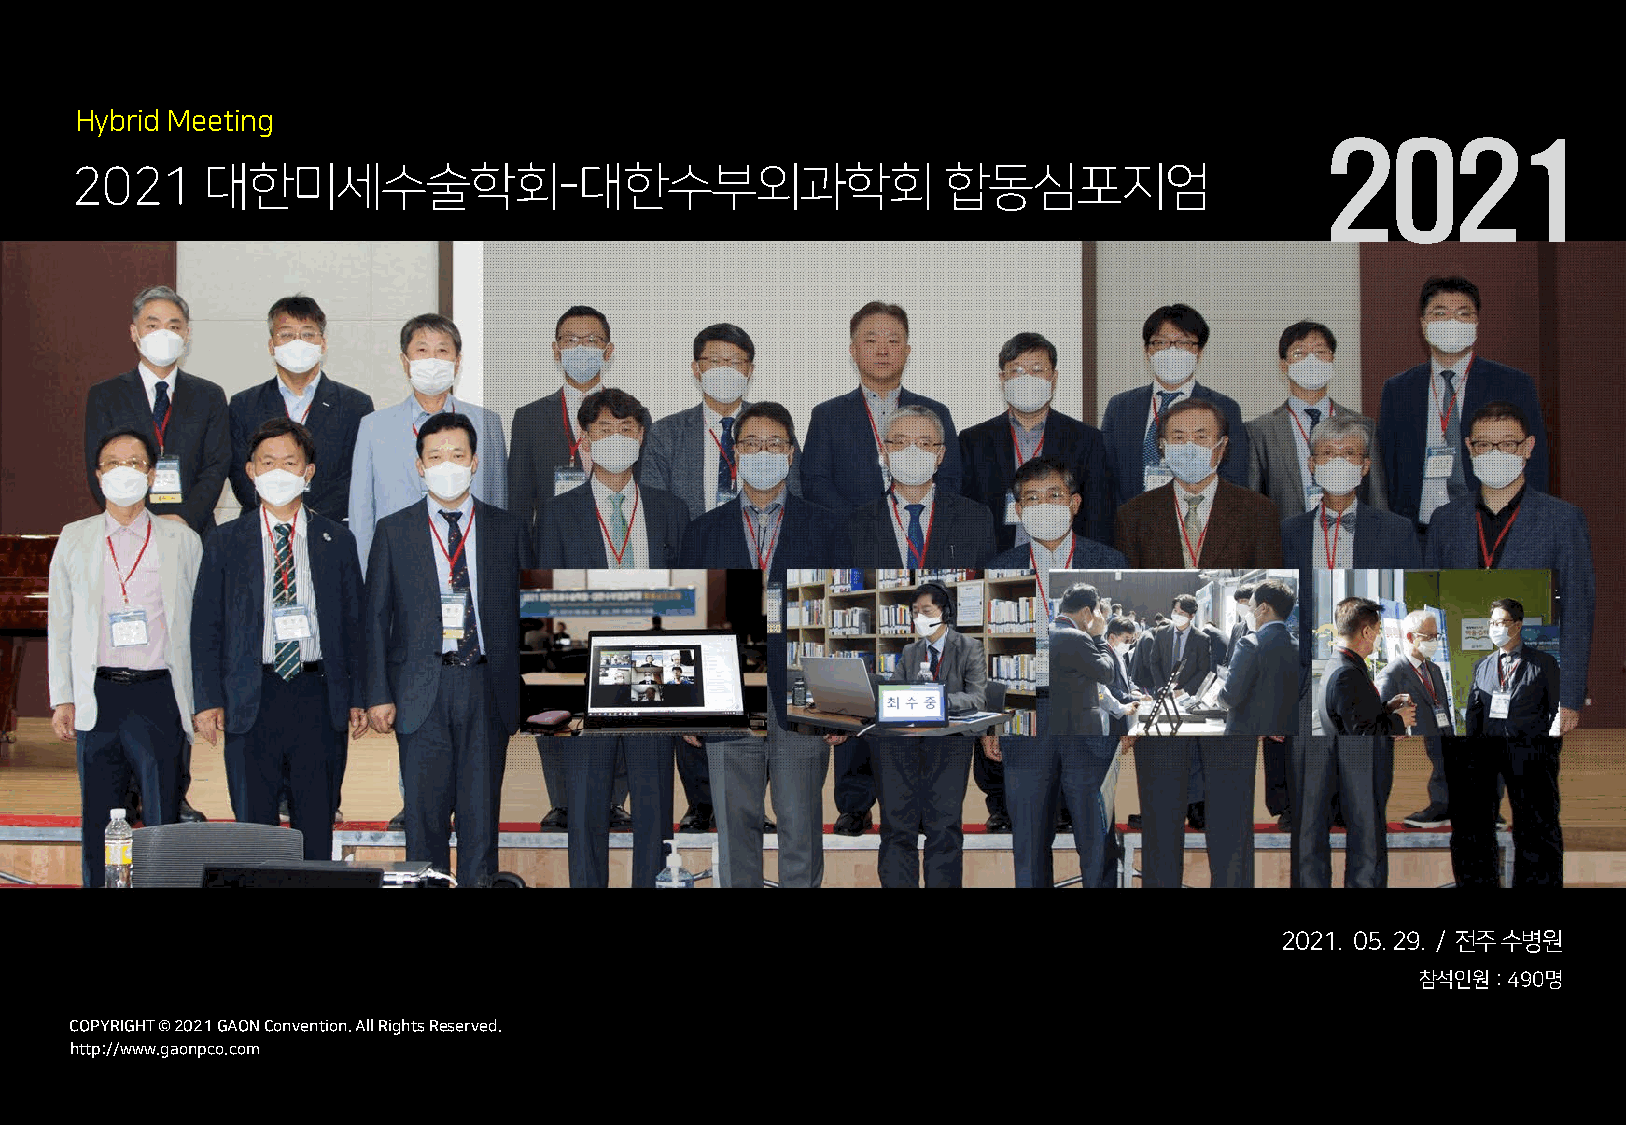
Hybrid Meeting
 2021
 2021     대한미세수술학회-대한수부외과학회                               합동심포지엄
 2021. 05. 29. / 전주수병원
 참석인원: 490명
 COCPOYPRYIRGIHGTH T© © 2 022012 1G AGOANO NCoCnovnevnetniotino.n A. lAl Rll iRgihgthst Rs eRseesrevrevde.d.
 hthttpt:p/://w/wwwww.g.agoanopncpoc.oc.ocmom